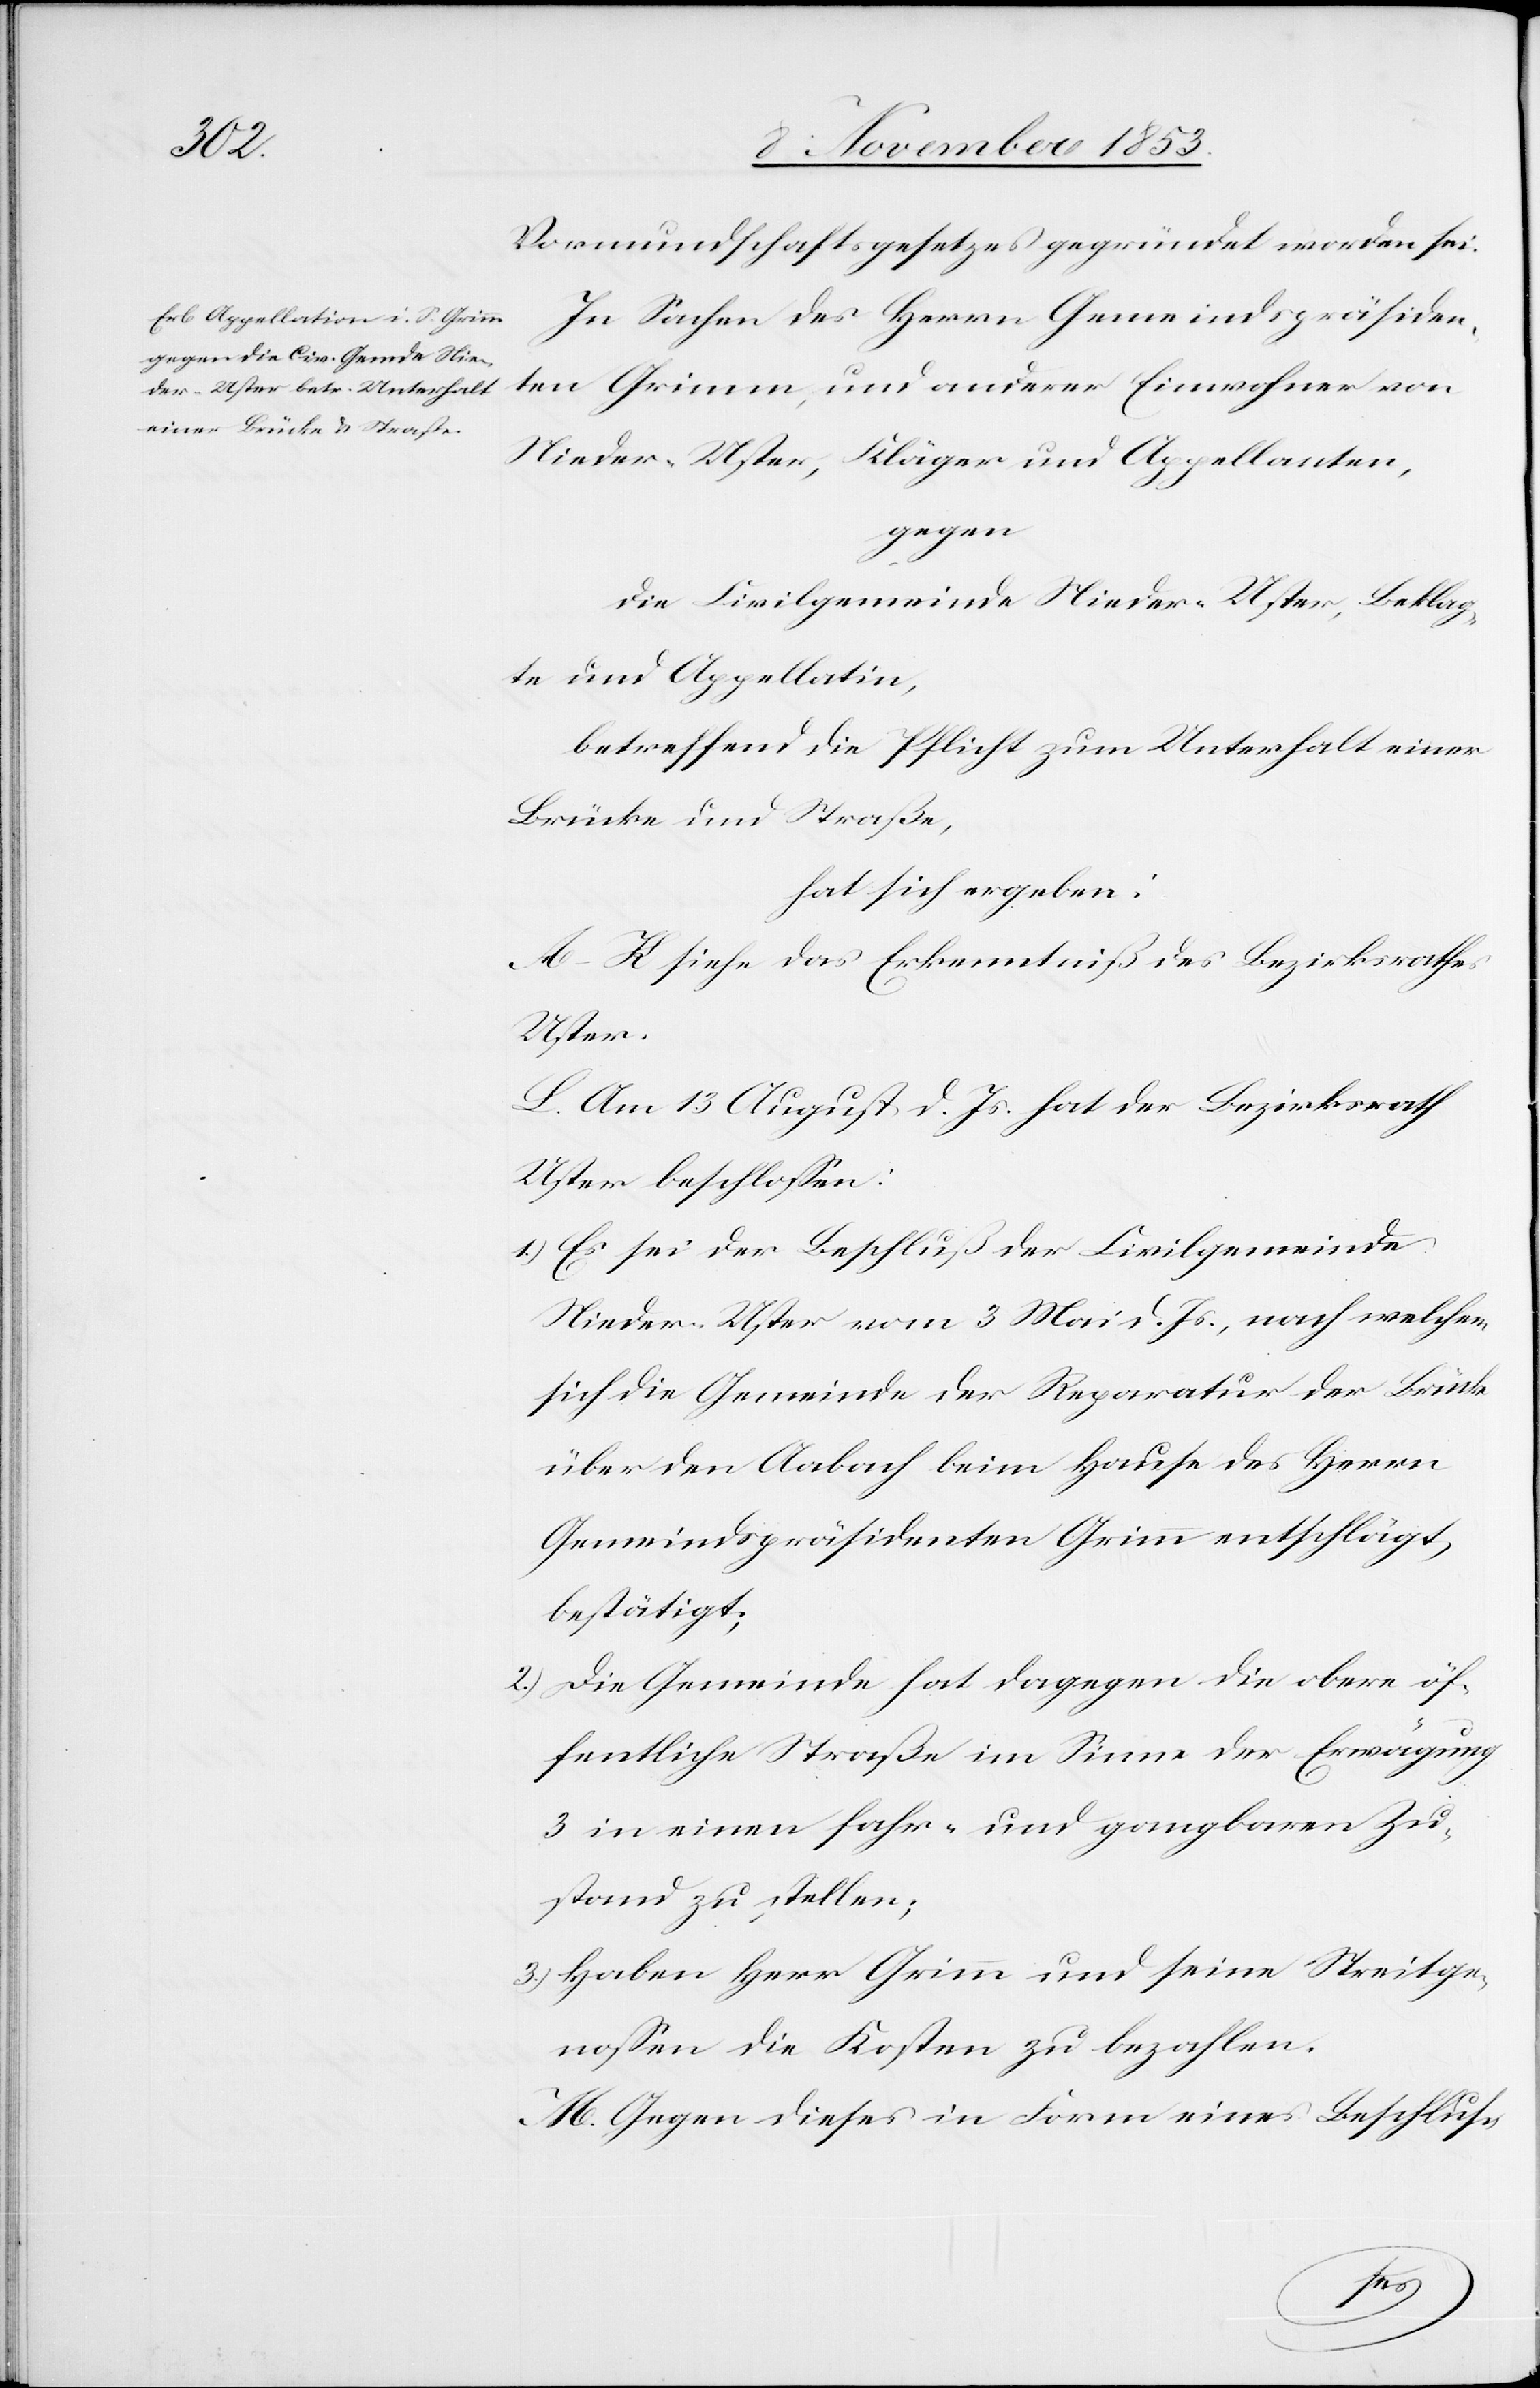
Vormundschaftsgesetzes gegründet worden sei.
In Sachen des Herrn Gemeindspräsiden¬
ten Grimm, und anderer Einwohner von
Nieder-Uster, Kläger und Appellanten,
gegen
die Civilgemeinde Nieder-Uster, Beklag¬
te und Appellatin,
betreffend die Pflicht zum Unterhalt einer
Brücke und Straße,
hat sich ergeben:
A–K. siehe das Erkenntniß des Bezirksrathes
Uster.
L. Am 13 August d. Js. hat der Bezirksrath
Uster beschloßen:
1.) Es sei der Beschluß der Civilgemeinde
Nieder-Uster vom 3 Mai d. Js., nach welchem
sich die Gemeinde der Reparatur der Brücke
über den Aabach beim Hause des Herrn
Gemeindspräsidenten Grimm entschlägt,
bestätigt;
2.) Die Gemeinde hat dagegen die obere öf¬
fentliche Straße im Sinne der Erwägung
3 in einem fahr- und gangbaren Zu¬
stand zu stellen;
3.) Haben Herr Grimm und seine Streitge¬
noßen die Kosten zu bezahlen.
M. Gegen dieses in Form eines Beschlus-